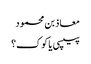
معاذ بن محمود
پیپسی یا کوک؟